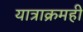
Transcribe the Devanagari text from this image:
यात्राक्रमही